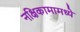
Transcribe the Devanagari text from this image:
नक्षिकामामध्ये